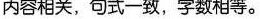
内容相关，句式一致，字数相等。